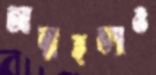
আত্মহত্যাও